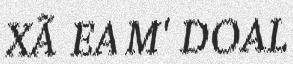
XÃ EA M' DOAL